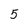
Character: 5